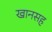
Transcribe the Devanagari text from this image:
खानसह